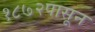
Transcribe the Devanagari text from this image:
१८७२पासून